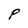
Character: P